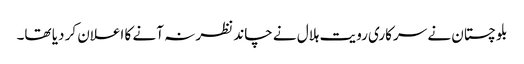
بلوچستان نے سرکاری رویت ہلال نے چاند نظر نہ آنے کا اعلان کر دیا تھا۔